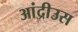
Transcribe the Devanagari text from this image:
आंद्रीउस